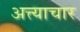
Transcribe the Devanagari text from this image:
अत्त्याचार